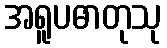
အရူပဓာတုသု